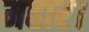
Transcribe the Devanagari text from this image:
महार।